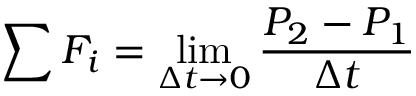
\sum F _ { i } = \operatorname* { l i m } _ { \Delta t \to 0 } { \frac { P _ { 2 } - P _ { 1 } } { \Delta t } }